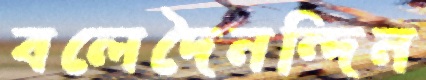
বলেদৈনন্দিন